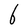
Character: b